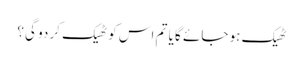
ٹھیک ہو جائے گا یا تم اس کو ٹھیک کر دو گی؟